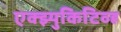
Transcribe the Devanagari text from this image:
एक्झ्युकिटिव्ह